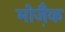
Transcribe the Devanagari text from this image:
मोजै़क